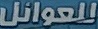
للعوائل